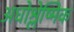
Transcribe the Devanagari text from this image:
अधोश्लेष्मिक